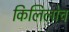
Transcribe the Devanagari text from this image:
किलिलोच